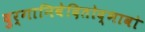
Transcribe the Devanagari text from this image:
दुर्गानिवेदितोद्भावो